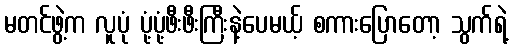
မတင်ဖွဲ့က လူပုံ ပုံ့ပုံ့ဖီးဖီးကြီးနဲ့ပေမယ့် စကားပြောတော့ သွက်ရဲ့